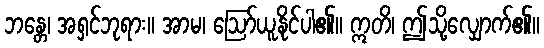
ဘန္တေ၊ အရှင်ဘုရား။ အာမ၊ ဩော်ယူနိုင်ပါ၏။ ဣတိ၊ ဤသို့လျှောက်၏။